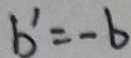
b ^ { \prime } = - b